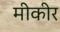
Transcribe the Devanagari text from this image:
मीकीर